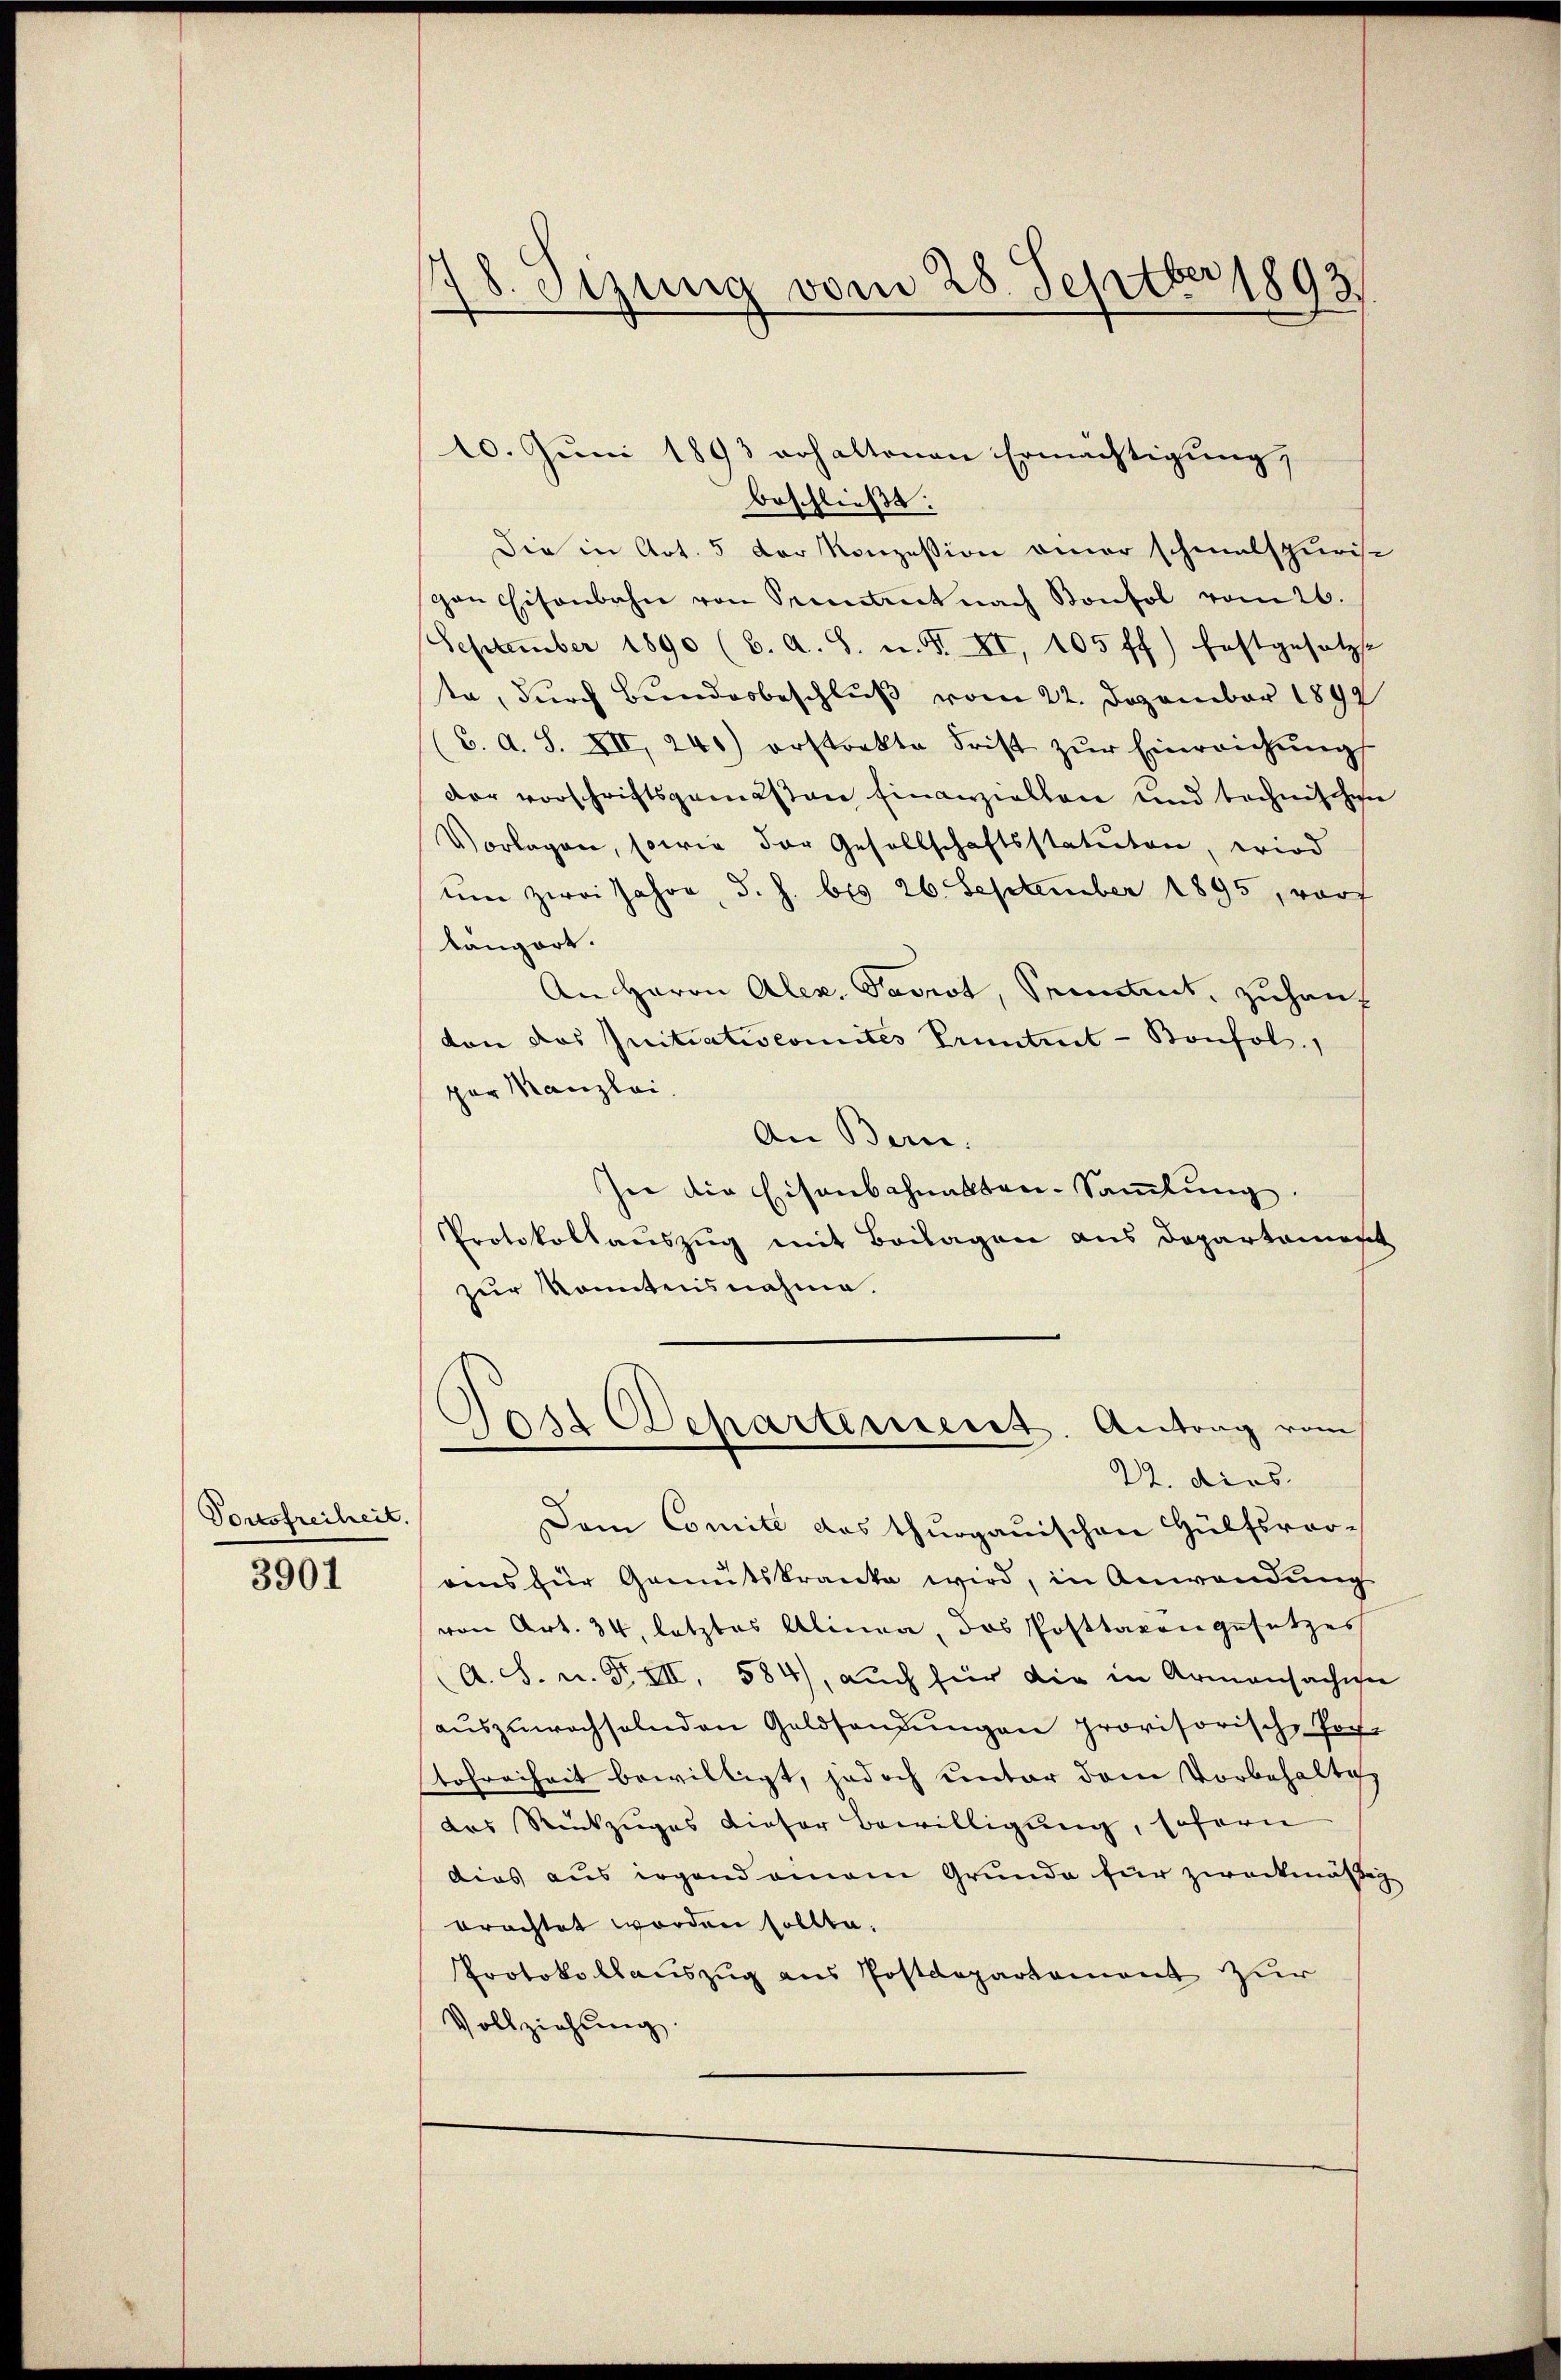
Tortsfreiheit.

3901

178. Sizung vom 28. Septber 1893

10. Juni 1893 erhaltenen Ermächtigung,
beschließt:
Die in Art. 5 der Konzession einer schmalspurist
gan Eisenbahn von Prentrict nach Konfol vom 26.
September 1890 (6. A. S. u. S. XI, 105 ff) festgesetzte
te, durch Bundesbeschluß vom 22. Dezember 1899
C. A. S. XII 240) erstrakte Frist zŭr Einreichŭng
der vorschriftsgemessen Einanziellen und technischen
Vorlagen, sowie der Gesellschaftsstatuten, wird
um zwei Jahre, d. h. bis 26. September 1895, vor
tangart.
An Herrn Alex. Saviot, Seitet, zuhanvon das Initiatiscomites Pruntrut-Bonfol
per Manzlei
An Bern.
In die Eisenschnalten-Sammlung
Protokollauszug mit Beilagen aus Departement
zur Kenntnisnahme.
Jost Departement. Antrag vom
22. dies
Dem Comité des thurgauischen Hülfsvor-
rens für Gemütskranke wird, in Anwendung
von Art. 34, letztes Alinea, das Posttaxen gesetzes
A. S. u. F. VII, 584), auch für die in Armensächiger
aŭszŭwachselnden Geldsendŭngen provisorische Per-
tofreiheit bewilligt, jedoch unter dem Vorbehalte
das Rückzuges dieser Bewilligung, sofern
dies aus irgend einem Grunde für zweckmäßige
brachtet worden sollte.
Protokollauszug aus Postdepartement zur
Vollziehung